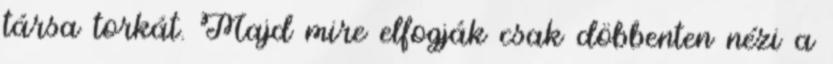
társa torkát. Majd mire elfogják csak döbbenten nézi a